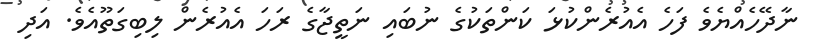
ނާދޭހެއްޔެވެ ފަހެ އެއުރެންކުޅަ ކަންތަކުގެ ނުބައި ނަތީޖާގެ ރަހަ އެއުރެން ލިބިގަތޫއެވެ. އަދި